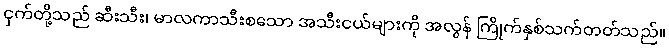
ငှက်တို့သည် ဆီးသီး၊ မာလကာသီးစသော အသီးငယ်များကို အလွန် ကြိုက်နှစ်သက်တတ်သည်။